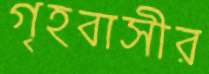
গৃহবাসীর